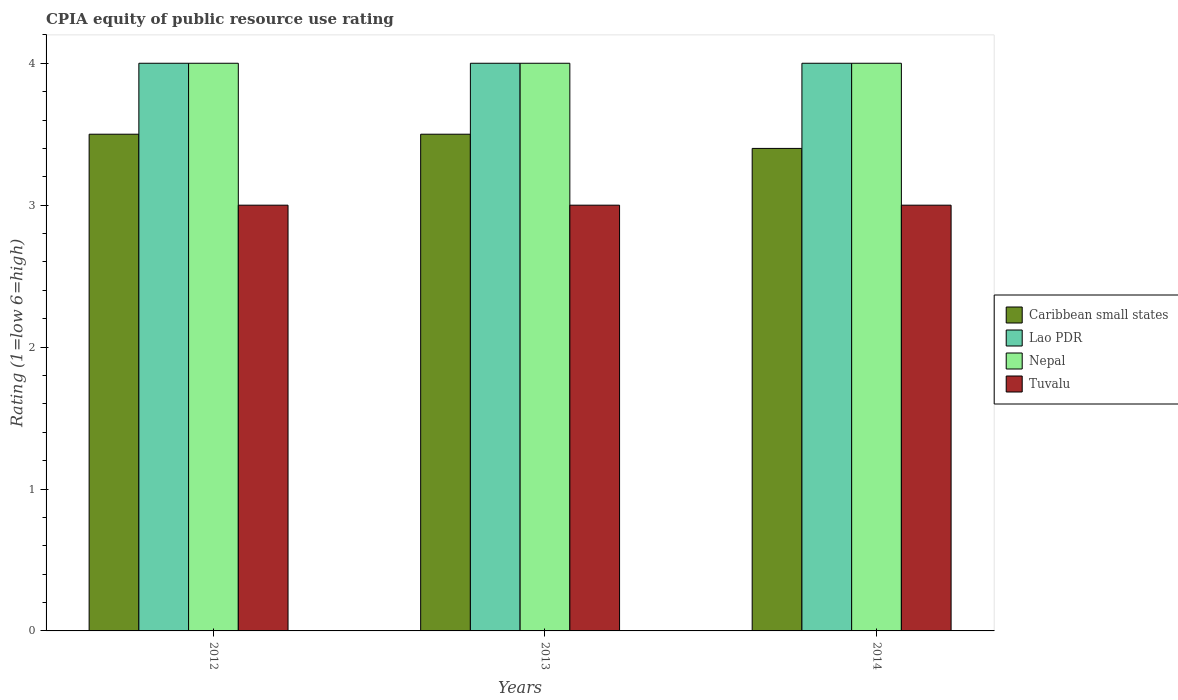
| Years | Caribbean small states | Lao PDR | Nepal | Tuvalu |
 | --- | --- | --- | --- | --- |
 | 2012 | 3.5 | 4 | 4 | 3 |
 | 2013 | 3.5 | 4 | 4 | 3 |
 | 2014 | 3.4 | 4 | 4 | 3 |